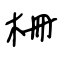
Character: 柵